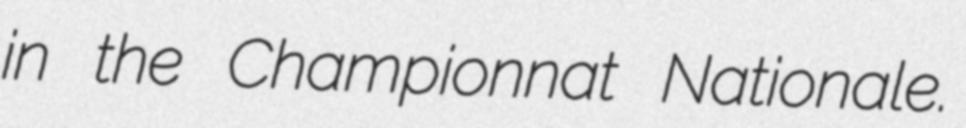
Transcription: in the Championnat Nationale.